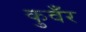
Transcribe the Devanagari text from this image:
कुवँर